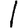
Digit: 1